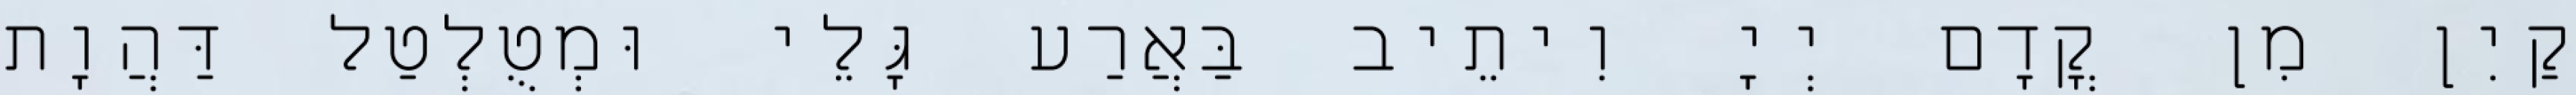
קַיִן מִן קֳדָם יְיָ וִיתֵיב בַּאֲרַע גָּלֵי וּמְטֻלְטַל דַּהֲוָת